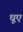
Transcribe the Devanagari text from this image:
घूए